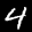
Label: 4